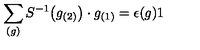
\sum _ { ( g ) } S ^ { - 1 } \big ( g _ { ( 2 ) } \big ) \cdot g _ { ( 1 ) } = \epsilon ( g ) 1